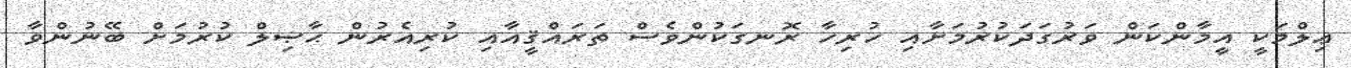
ޢިލްމަކީ އީމާންކަން ވަރުގަދަކުރުމަށާއި ހުރިހާ ރޮނގަކުންވެސް ތަރައްޤީއާއި ކުރިއެރުން ޙާޞިލް ކުރުމަށް ބޭނުންވާ